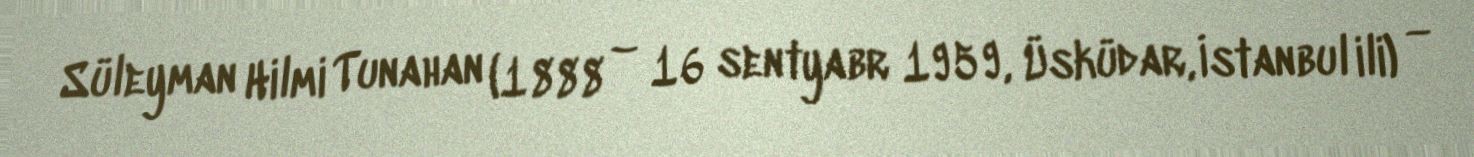
Süleyman Hilmi Tunahan (1888 – 16 sentyabr 1959, Üsküdar, İstanbul ili) —